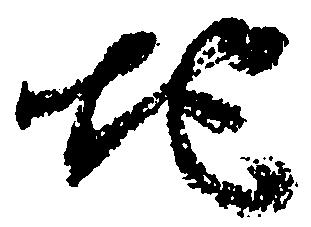
地